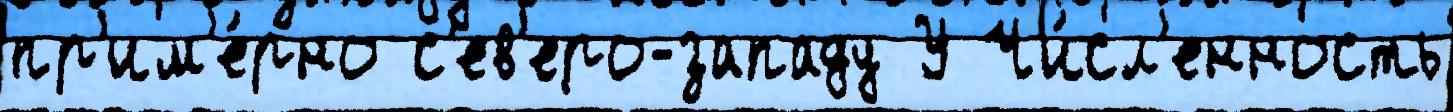
пр'им'е́рно с'ев'еро-западу У Чи́сл'енность